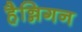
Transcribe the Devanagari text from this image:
हैन्निगन